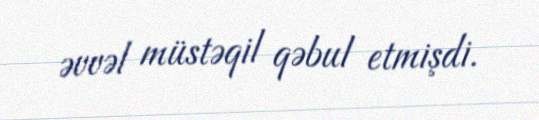
əvvəl müstəqil qəbul etmişdi.